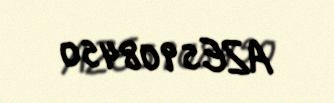
AZE5908450